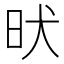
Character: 𣅤